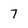
Character: 7